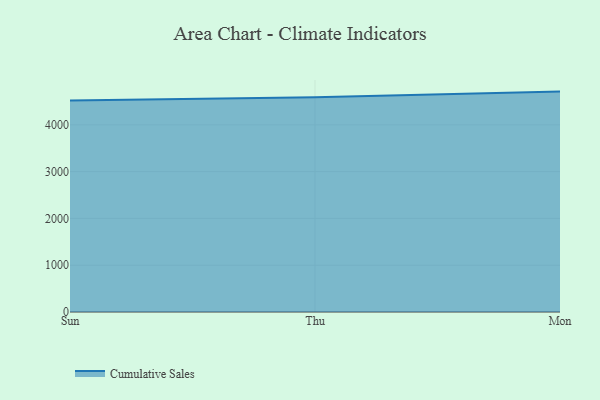
{"axis": {"x": "Day", "y": "Market Share (%)"}, "legend": ["Cumulative Sales"], "data": [{"x": "Sun", "y": 4518.3, "type": "Cumulative Sales"}, {"x": "Thu", "y": 4589.6, "type": "Cumulative Sales"}, {"x": "Mon", "y": 4710.2, "type": "Cumulative Sales"}]}